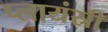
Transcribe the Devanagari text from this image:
प्लायंस्री